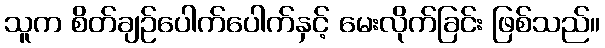
သူက စိတ်ချဉ်ပေါက်ပေါက်နှင့် မေးလိုက်ခြင်း ဖြစ်သည်။